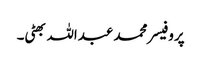
پروفیسر محمد عبداللہ بھٹی۔